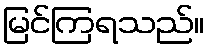
မြင်ကြရသည်။